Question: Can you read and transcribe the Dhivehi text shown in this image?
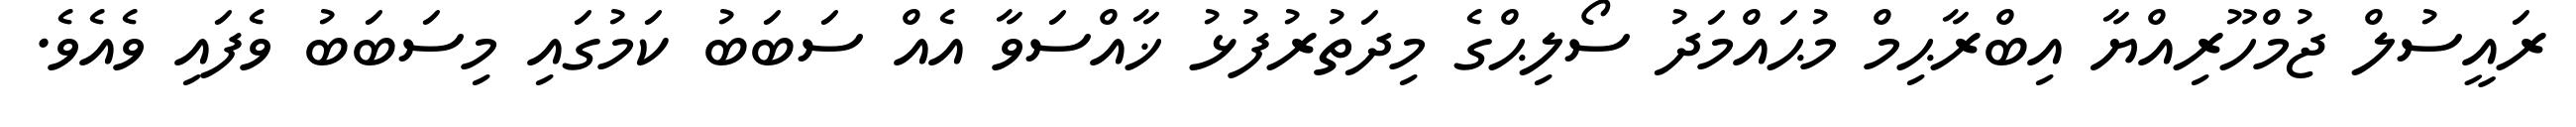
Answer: ރައީސުލް ޖުމްހޫރިއްޔާ އިބްރާޙިމް މުޙައްމަދު ސޯލިޙްގެ މިދަތުރުފުޅު ޚާއްސަވާ އެއް ސަބަބު ކަމުގައި މިސަބަބު ވެފައި ވެއެވެ.